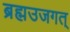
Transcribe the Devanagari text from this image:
ब्रह्मउजगत्